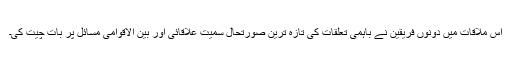
اس ملاقات میں دونوں فریقین نے باہمی تعلقات کی تازہ ترین صورتحال سمیت علاقائی اور بین الاقوامی مسائل پر بات چیت کی۔